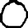
Digit: 0